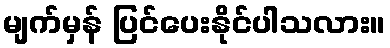
မျက်မှန် ပြင်ပေးနိုင်ပါသလား။